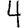
Digit: 4